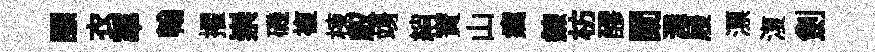
謤衣蕐翰擢崇磯複棟馭竧綃寳山癘鍊枋醪闌濺屐漂𣸪劍